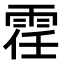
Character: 𫕤